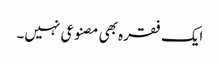
ایک فقرہ بھی مصنوعی نہیں۔